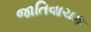
જાતિવાચક